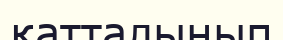
қатталынып